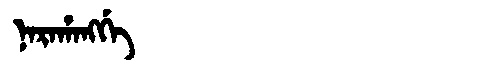
Manchu: ᠨᠠᡵᠠᡥᠠᠩᡤᡝ
Romanization: NARAHANGGE